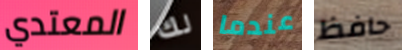
المعتدي لك عندما حافظ